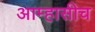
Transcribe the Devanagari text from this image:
आम्हासीच